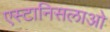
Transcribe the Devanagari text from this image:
एस्टानिसलाओ